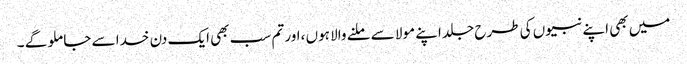
میں بھی اپنے نبیوں کی طرح جلد اپنے مولا سے ملنے والا ہوں ،اور تم سب بھی ایک دن خدا سے جا ملو گے ۔